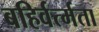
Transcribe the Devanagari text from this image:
बहिर्वर्त्मता